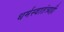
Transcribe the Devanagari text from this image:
धर्मस्वातंत्र्यही